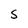
Character: S